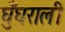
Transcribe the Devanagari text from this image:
घुँघराली